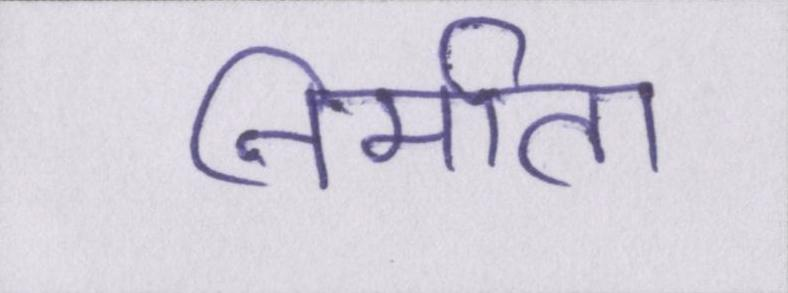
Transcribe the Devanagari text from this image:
निर्माता